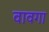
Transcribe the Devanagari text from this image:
वावगा